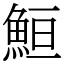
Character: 䱎